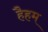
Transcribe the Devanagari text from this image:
हैहम